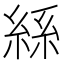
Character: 𮈔